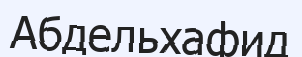
Абдельхафид